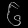
Digit: ၆